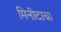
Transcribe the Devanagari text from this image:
मिनीटाचा